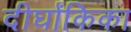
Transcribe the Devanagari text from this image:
दीर्घांकिका